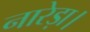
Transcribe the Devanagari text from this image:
नारेड़ा।